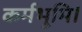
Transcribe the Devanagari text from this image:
कर्मभूमि।